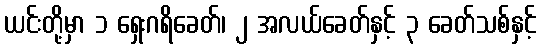
ယင်းတို့မှာ ၁ ရှေးဂရိခေတ်၊ ၂ အလယ်ခေတ်နှင့် ၃ ခေတ်သစ်နှင့်